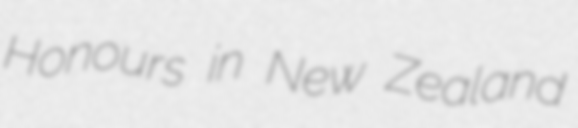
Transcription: Honours in New Zealand